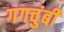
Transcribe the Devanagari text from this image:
गगचुंबी